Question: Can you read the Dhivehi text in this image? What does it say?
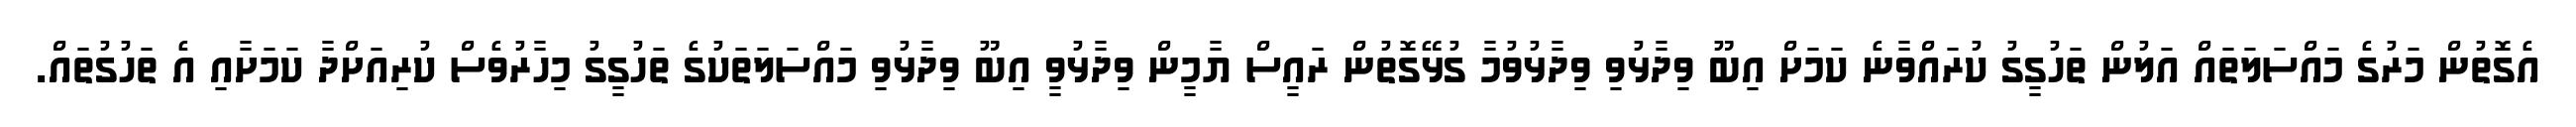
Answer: އެގޮތުން މަރުގެ މައްސަލަތައް އަލުން ތަހުގީގު ކުރައްވާނެ ކަމަށް އިބޫ ވިދާޅުވި ވިދާޅުވުމާ ގުޅޭގޮތުން ރައީސް ޔާމީން ވިދާޅުވީ އިބޫ ވިދާޅުވި މައްސަލަތަކުގެ ތަހުގީގު މިހާރުވެސް ކުރިއަށްދާ ކަމަށާއި އެ ތަހުގުތައް.